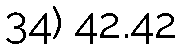
34) 42.42